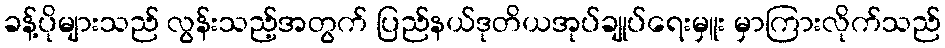
ခန့်ပိုများသည် လွန်းသည့်အတွက် ပြည်နယ်ဒုတိယအုပ်ချုပ်ရေးမှူး မှာကြားလိုက်သည်